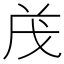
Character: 𭟱